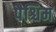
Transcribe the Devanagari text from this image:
पैश्चिम